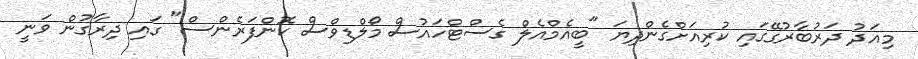
މިއަދު ދަރުބާރުގޭގައި ކުރިއަށްގެންދިޔަ "ބީއެމްއެލް ގެސްޓްހައުސް މޯލްޑިވްސް ކޮންފަރެންސް" ގައި ދިރާގުން ވަނީ